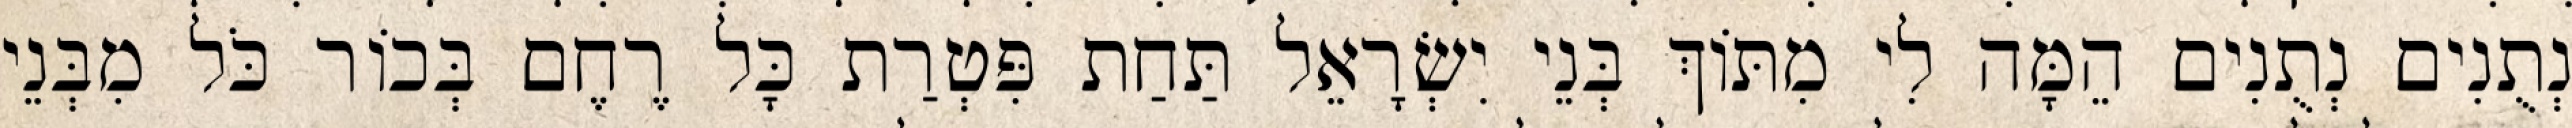
נְתֻנִים נְתֻנִים הֵמָּה לִי מִתּוֹךְ בְּנֵי יִשְׂרָאֵל תַּחַת פִּטְרַת כָּל רֶחֶם בְּכוֹר כֹּל מִבְּנֵי